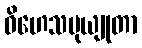
ဝိဟေသမုယျုတာ